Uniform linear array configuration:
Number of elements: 12
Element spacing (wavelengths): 0.75
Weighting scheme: cosine
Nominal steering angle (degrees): -45
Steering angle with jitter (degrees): -43.559
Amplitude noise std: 0.05
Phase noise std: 0.05

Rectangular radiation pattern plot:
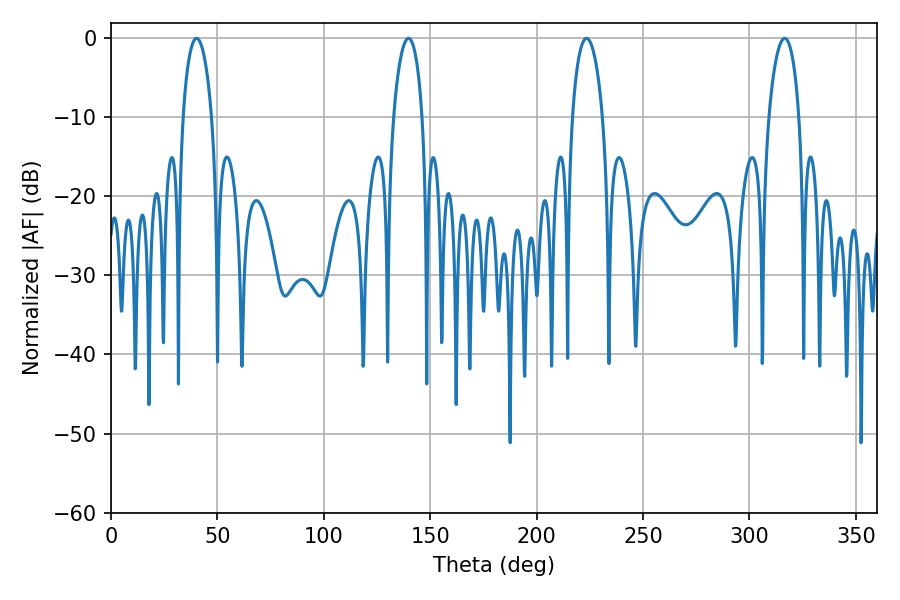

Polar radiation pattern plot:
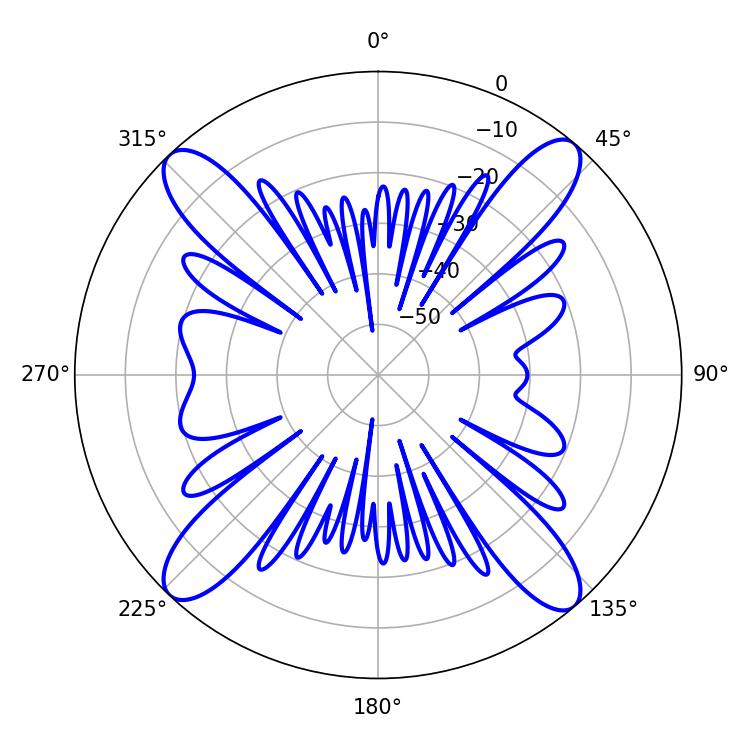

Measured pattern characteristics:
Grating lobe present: TRUE
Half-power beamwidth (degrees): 8.1
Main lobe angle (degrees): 316.62